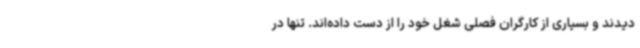
دیدند و بسیاری از کارگران فصلی شغل خود را از دست داده‌اند. تنها در